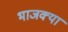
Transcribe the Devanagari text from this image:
भाजक्या